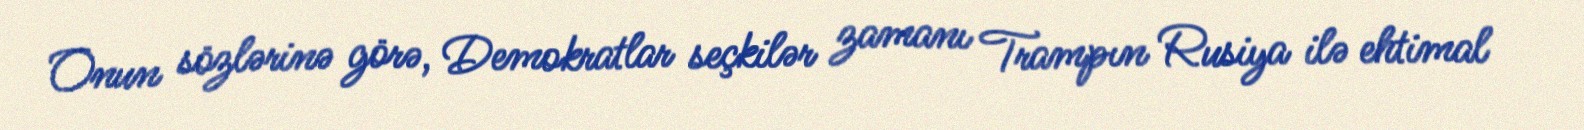
Onun sözlərinə görə, Demokratlar seçkilər zamanı Trampın Rusiya ilə ehtimal